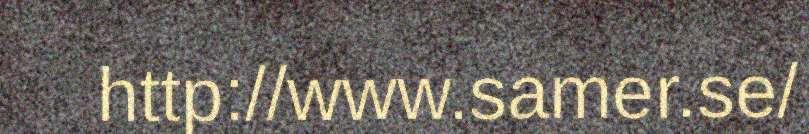
http://www.samer.se/